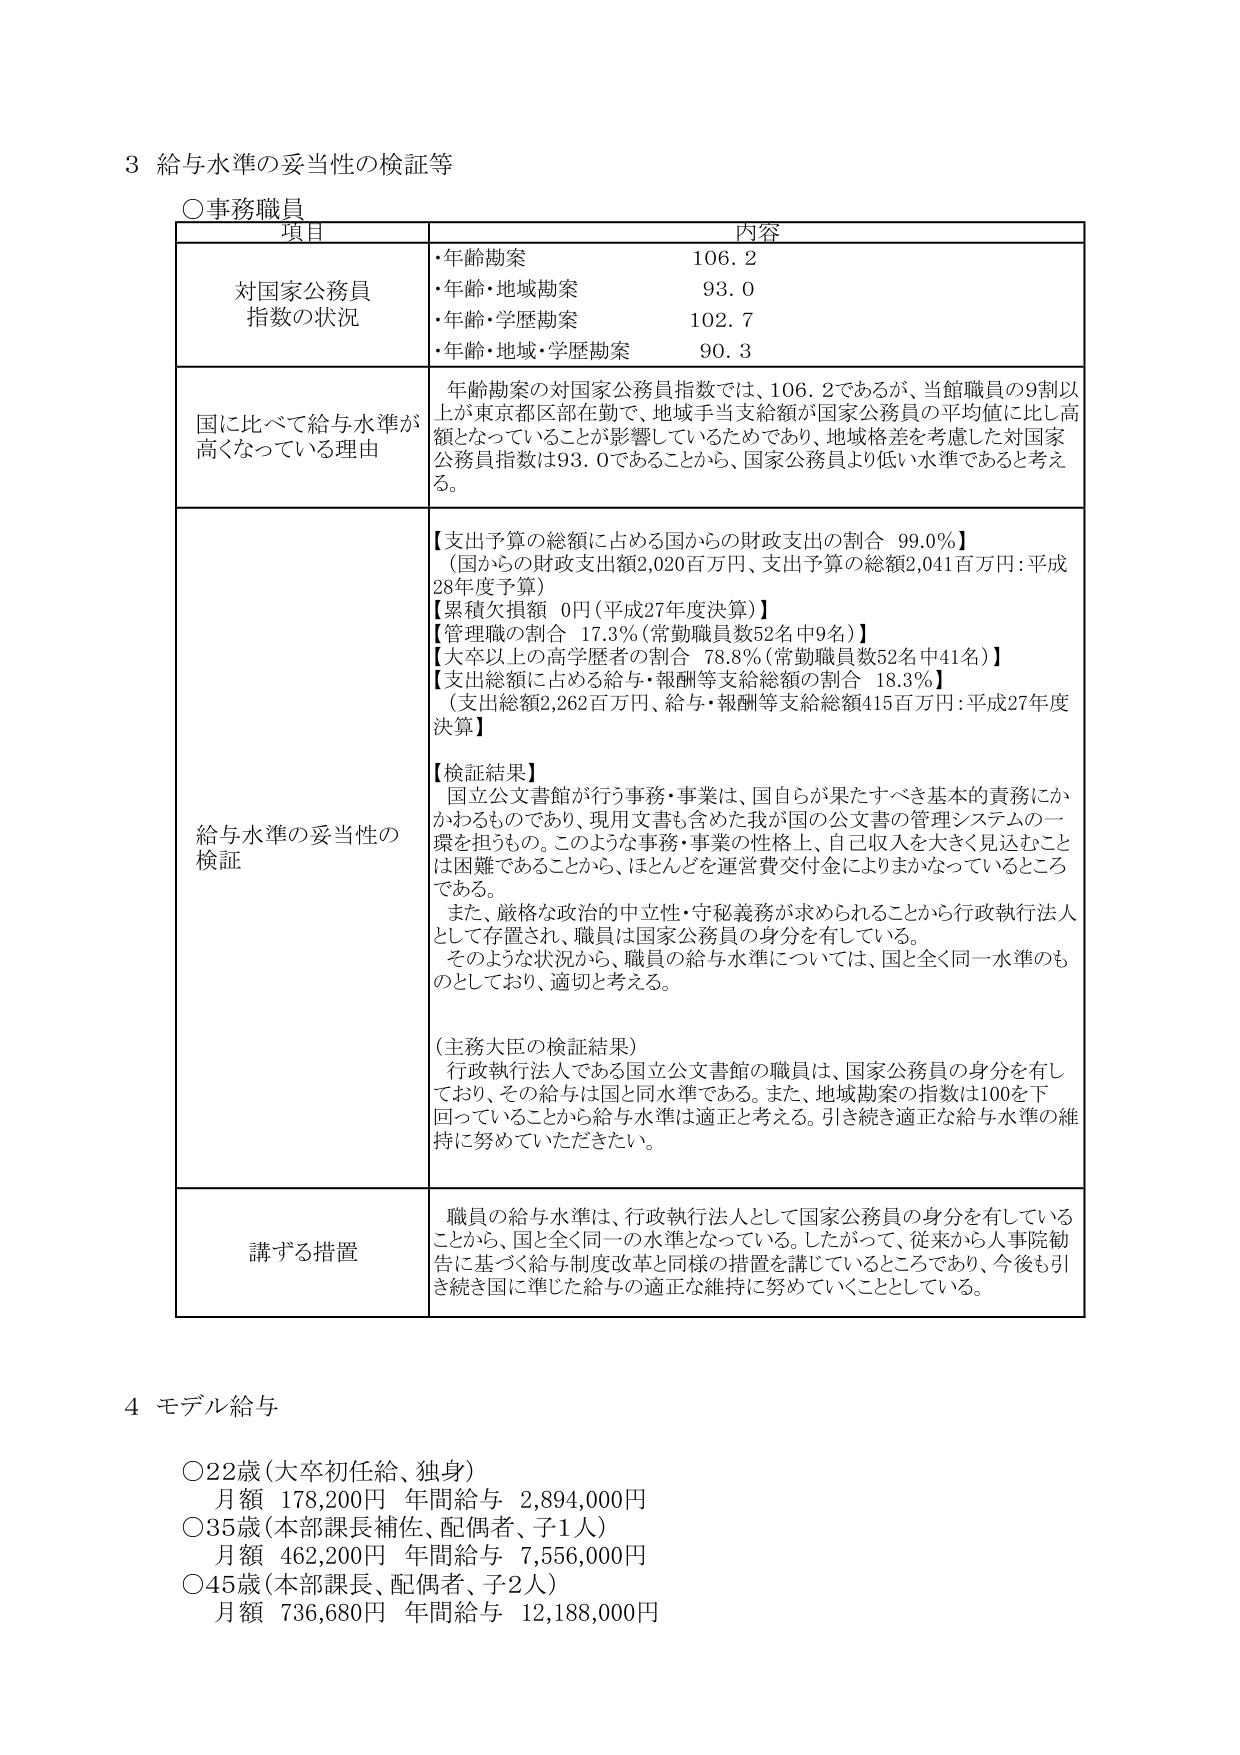
3 給与水準の妥当性の検証等

○事務職員

項目 内容

対国家公務員指数の状況
・年齢勘案 106.2
・年齢・地域勘案 93.0
・年齢・学歴勘案 102.7
・年齢・地域・学歴勘案 90.3

国に比べて給与水準が高くなっている理由
年齢勘案の対国家公務員指数では、106.2であるが、当館職員の9割以上が東京都区部在勤で、地域手当支給額が国家公務員の平均値に比し高額となっていることが影響しているためであり、地域格差を考慮した対国家公務員指数は93.0であることから、国家公務員より低い水準であると考える。

給与水準の妥当性の検証
【支出予算の総額に占める国からの財政支出の割合 99.0％】
（国からの財政支出額2,020百万円、支出予算の総額2,041百万円：平成28年度予算）
【累積欠損額 0円（平成27年度決算）】
【管理職の割合 17.3％（常勤職員数52名中9名）】
【大卒以上の高学歴者の割合 78.8％（常勤職員数52名中41名）】
【支出総額に占める給与・報酬等支給総額の割合 18.3％】
（支出総額2,262百万円、給与・報酬等支給総額415百万円：平成27年度決算）

【検証結果】
国立公文書館が行う事務・事業は、国自らが果たすべき基本的責務にかかわるものであり、現用文書も含めた我が国の公文書の管理システムの一環を担うもの。このような事務・事業の性格上、自己収入を大きく見込むことは困難であることから、ほとんどを運営費交付金によりまかなっているところである。
また、厳格な政治的中立性・守秘義務が求められることから行政執行法人として存置され、職員は国家公務員の身分を有している。
そのような状況から、職員の給与水準については、国と全く同一水準のものとしており、適切と考える。

（主務大臣の検証結果）
行政執行法人である国立公文書館の職員は、国家公務員の身分を有しており、その給与は国と同水準である。また、地域勘案の指数は100を下回っていることから給与水準は適正と考える。引き続き適正な給与水準の維持に努めていただきたい。

講ずる措置
職員の給与水準は、行政執行法人として国家公務員の身分を有していることから、国と全く同一の水準となっている。したがって、従来から人事院勧告に基づく給与制度改革と同様の措置を講じているところであり、今後も引き続き国に準じた給与の適正な維持に努めていくこととしている。

4 モデル給与

○22歳（大卒初任給、独身）
月額 178,200円 年間給与 2,894,000円
○35歳（本部課長補佐、配偶者、子1人）
月額 462,200円 年間給与 7,556,000円
○45歳（本部課長、配偶者、子2人）
月額 736,680円 年間給与 12,188,000円